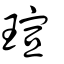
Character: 瑄